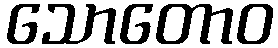
သောတောဝ